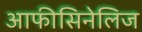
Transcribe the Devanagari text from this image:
आफीसिनेलिज